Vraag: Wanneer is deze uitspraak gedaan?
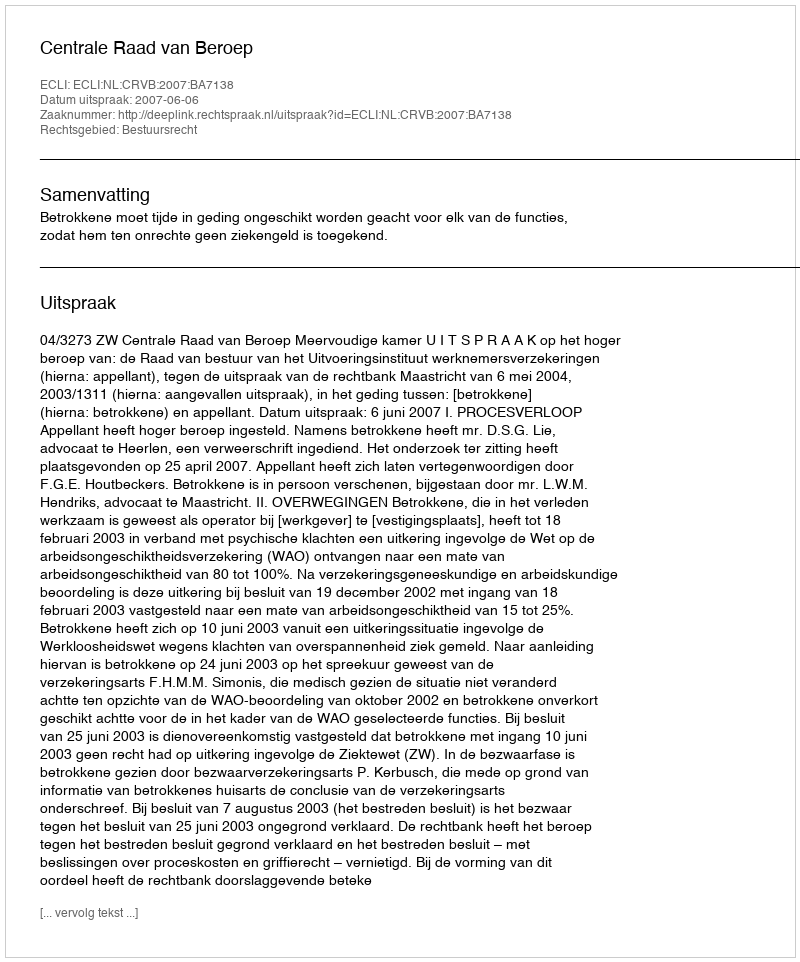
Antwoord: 2007-06-06